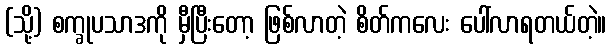
(သို့) စက္ခုပသာဒကို မှီပြီးတော့ ဖြစ်လာတဲ့ စိတ်ကလေး ပေါ်လာရတယ်တဲ့။